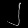
Digit: ၂